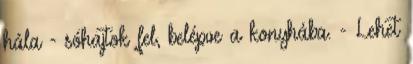
hála - sóhajtok fel, belépve a konyhába. - Lehet